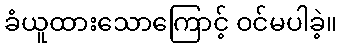
ခံယူထားသောကြောင့် ဝင်မပါခဲ့။